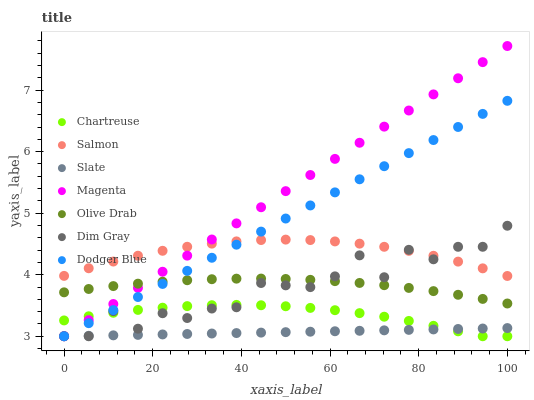
| xaxis_label | Chartreuse | Salmon | Slate | Magenta | Olive Drab | Dim Gray | Dodger Blue |
 | --- | --- | --- | --- | --- | --- | --- | --- |
 | 0 | 3.26 | 3.98 | 3 | 3 | 3.71 | 3 | 3 |
 | 5.56 | 3.32 | 4.1 | 3.01 | 3.26 | 3.77 | 3 | 3.21 |
 | 11.1 | 3.38 | 4.21 | 3.01 | 3.52 | 3.82 | 3.41 | 3.43 |
 | 16.7 | 3.43 | 4.31 | 3.02 | 3.79 | 3.85 | 3.12 | 3.64 |
 | 22.2 | 3.46 | 4.39 | 3.03 | 4.05 | 3.89 | 3.37 | 3.85 |
 | 27.8 | 3.49 | 4.45 | 3.04 | 4.31 | 3.91 | 3.3 | 4.06 |
 | 33.3 | 3.5 | 4.51 | 3.04 | 4.57 | 3.93 | 3.45 | 4.28 |
 | 38.9 | 3.51 | 4.54 | 3.05 | 4.83 | 3.94 | 3.47 | 4.49 |
 | 44.4 | 3.5 | 4.56 | 3.06 | 5.1 | 3.94 | 3.87 | 4.7 |
 | 50 | 3.49 | 4.57 | 3.07 | 5.36 | 3.93 | 3.83 | 4.91 |
 | 55.6 | 3.46 | 4.56 | 3.07 | 5.62 | 3.92 | 3.8 | 5.13 |
 | 61.1 | 3.42 | 4.54 | 3.08 | 5.88 | 3.9 | 3.97 | 5.34 |
 | 66.7 | 3.38 | 4.5 | 3.09 | 6.14 | 3.87 | 4.31 | 5.55 |
 | 72.2 | 3.32 | 4.45 | 3.1 | 6.41 | 3.83 | 3.96 | 5.76 |
 | 77.8 | 3.25 | 4.39 | 3.1 | 6.67 | 3.79 | 4.4 | 5.98 |
 | 83.3 | 3.17 | 4.31 | 3.11 | 6.93 | 3.73 | 4.25 | 6.19 |
 | 88.9 | 3.08 | 4.21 | 3.12 | 7.19 | 3.67 | 4.45 | 6.4 |
 | 94.4 | 3 | 4.1 | 3.13 | 7.45 | 3.61 | 4.45 | 6.61 |
 | 100 | 3 | 3.98 | 3.13 | 7.72 | 3.53 | 4.8 | 6.83 |